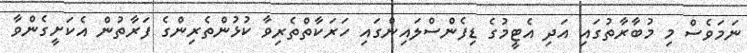
ނަމަވެސް މި މުބާރާތުގައި އަދި އެޓީމުގެ ޑިފެންސްލައިންގައި ހަރަކާތްތެރިވާ ކުޅުންތެރިންގެ ފަރާތުން އެކަށީގެންވާ